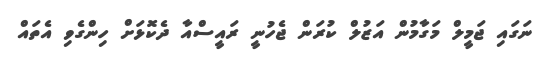
ނަގައި ޖަމީލް މަގާމުން އަޒުލް ކުރަން ޖެހުނީ ރައީސްއާ ދެކޮޅަށް ހިންގެވި އެތައް